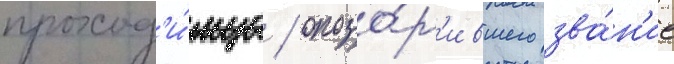
проход'и́мца / опозо́р'ившего зва́н'ие